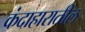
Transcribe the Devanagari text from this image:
कंदाहारातील